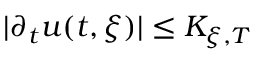
| \partial _ { t } u ( t , \xi ) | \leq K _ { \xi , T }